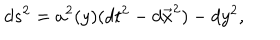
LaTeX: d s ^ { 2 } = a ^ { 2 } ( y ) ( d t ^ { 2 } - d \vec { x } ^ { 2 } ) - d y ^ { 2 } ,